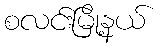
စလင်းမြို့နယ်